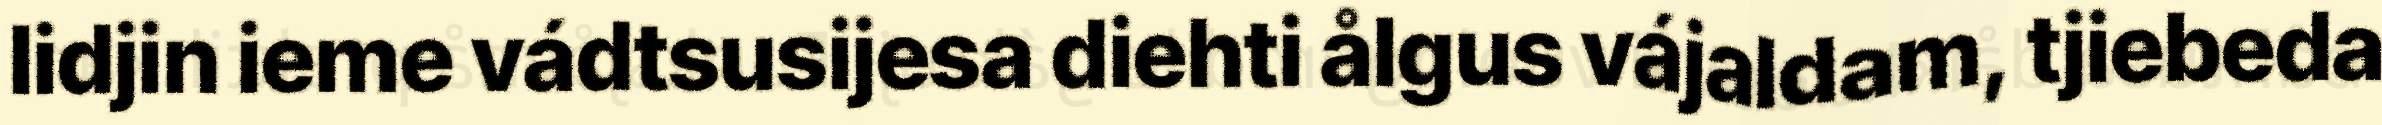
lidjin ieme vádtsusijesa diehti ålgus vájaldam, tjiebeda